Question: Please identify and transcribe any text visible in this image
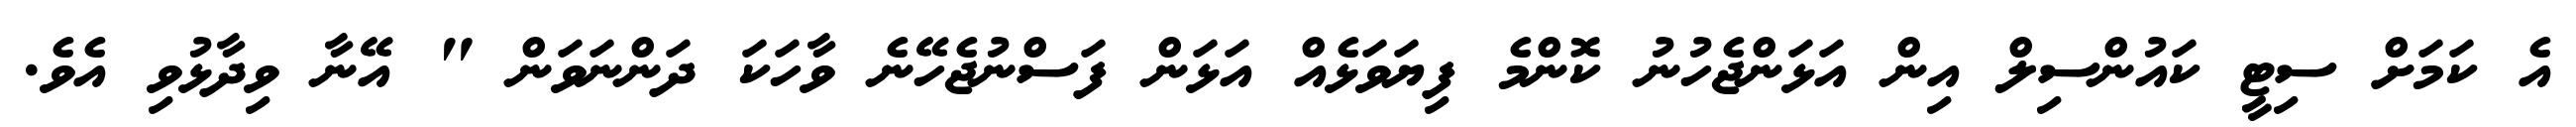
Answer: އެ ކަމަށް ސިޓީ ކައުންސިލް އިން އަޅަންޖެހުނު ކޮންމެ ފިޔަވަޅެއް އަޅަން ފަސްނުޖެހޭނެ ވާހަކަ ދަންނަވަން " އޭނާ ވިދާޅުވި އެވެ.